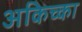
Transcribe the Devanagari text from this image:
अकिच्का